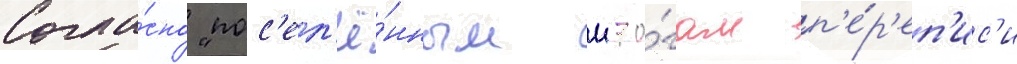
Согла́сно "пос'ел'ё́нным ито́гам п'е́р'еп'ис'и